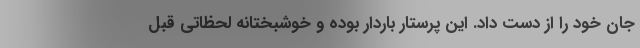
جان خود را از دست داد. این پرستار باردار بوده و خوشبختانه لحظاتی قبل